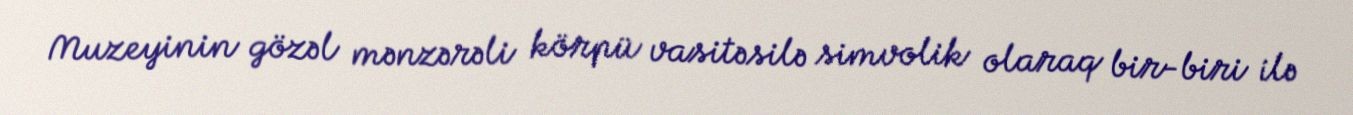
Muzeyinin gözəl mənzərəli körpü vasitəsilə simvolik olaraq bir-biri ilə